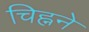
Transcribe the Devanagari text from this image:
चिह्नने